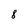
Character: 8